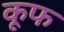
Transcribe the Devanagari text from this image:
कूफ